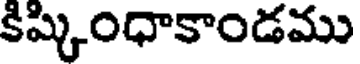
కిష్కింధాకాండము